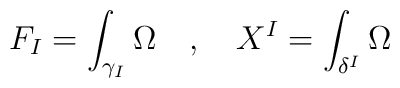
F_I = \int_{\gamma_I} \Omega \quad , \quad X^I = \int_{\delta^I} \Omega \